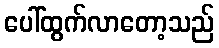
ပေါ်ထွက်လာတော့သည်